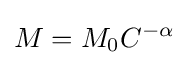
M=M_{0}C^{-\alpha }